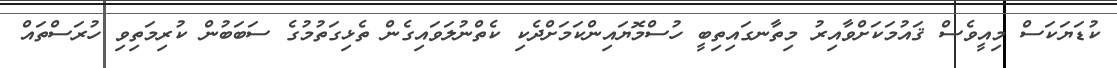
ކުޑަޔަކަސް މިއީވެސް ޤައުމަކަށްވާއިރު މިތާނގައިތިބީ ހުސްމޮޔައިންކަމަށްދެކި ކެތްނުލަވައިގެން ތެޅިގަތުމުގެ ސަބަބުން ކުރިމަތިވި ހުރަސްތައް